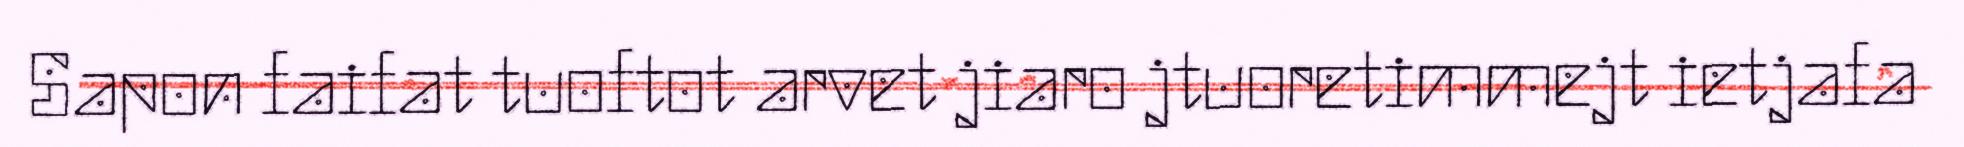
Sapon faifat tuoftot arvet jiaro jtuoretimmejt ietjafa